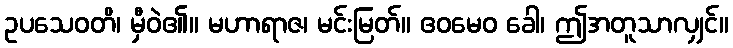
ဥပသေဝတိ၊ မှီဝဲ၏။ မဟာရာဇ၊ မင်းမြတ်။ ဧဝမေဝ ခေါ၊ ဤအတူသာလျှင်။